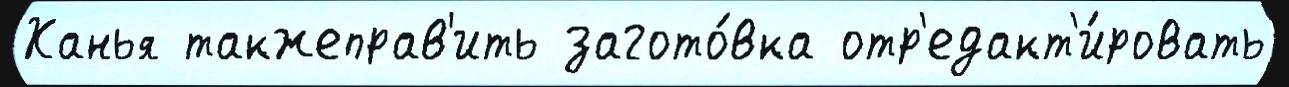
Ханья такжеправ'ить загото́вка отр'едакт'и́ровать